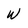
Character: w